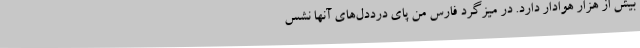
بیش از هزار هوادار دارد. در میزگرد فارس من پای درددل‌های آنها نشس